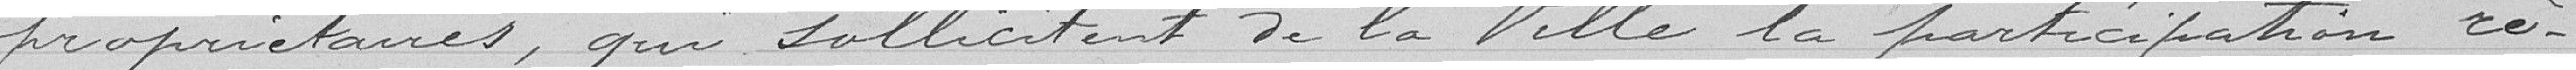
propriétaires, qui sollicitent de la Ville, la participation ré-